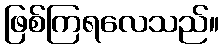
ဖြစ်ကြရလေသည်။